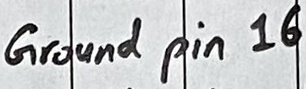
Text: Ground pin 16